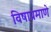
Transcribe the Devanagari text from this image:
विषाप्रमाणे